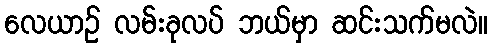
လေယာဉ် လမ်းခုလပ် ဘယ်မှာ ဆင်းသက်မလဲ။